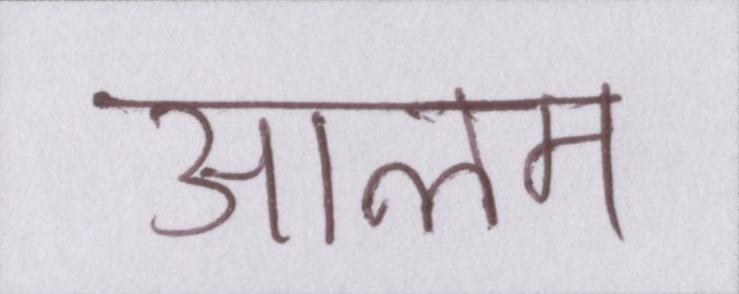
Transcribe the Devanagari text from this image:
आलम